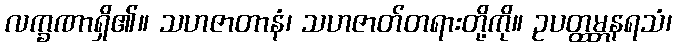
လက္ခဏာရှိ၏။ သဟဇာတာနံ၊ သဟဇာတ်တရားတို့ကို။ ဥပတ္ထမ္ဘနရသံ၊